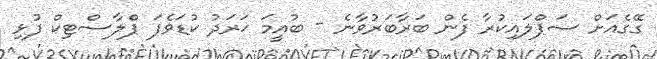
ގޭގެއަށް ސަޕްލައިކުރާ ފެން ބަރާބަރުވާނެ - ބުއީމަ ޚަރަދު ކުޑަވެފަ ޕްލާސްޓިކް ފުޅި